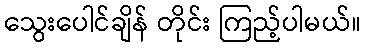
သွေးပေါင်ချိန် တိုင်း ကြည့်ပါမယ်။